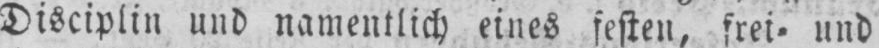
Disciplin und namentlich eines festen, frei⸗ und